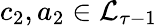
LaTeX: c_{2},a_{2}\in\mathcal{L}_{\tau-1}